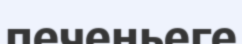
печеньеге